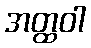
အတ္ထဝါ